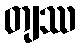
တျဿ